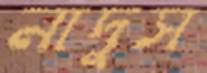
নাদুস